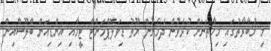
މި މުބާރާތުގައި މިހާތަނަށް ކުޅެވުން ދެމެޗުން ޔޫތު ޑިވަލޮޕްމަންޓް ޓީމާއި އިންޑިއަން ބްލޫސްއިން